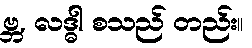
ဗ္ဘ, လဒ္ဓါ စသည် တည်း။